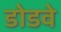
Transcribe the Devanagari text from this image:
डोडवे